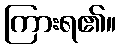
ကြားရ၏။